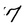
Character: 7